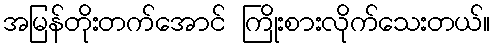
အမြန်တိုးတက်အောင် ကြိုးစားလိုက်သေးတယ်။